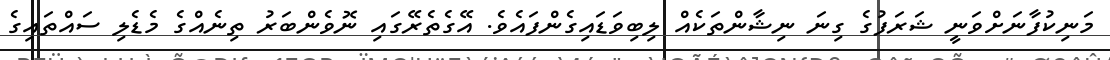
މަނިކުފާނަށްވަނީ ޝަރަފުގެ ގިނަ ނިޝާންތަކެއް ލިބިވަޑައިގެންފައެވެ. އޭގެތެރޭގައި ނޮވެންބަރު ތިނެއްގެ މެޑެލި ސައްތައިގެ